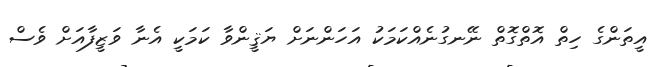
އީތަންގެ ހިތް އޮތްގޮތް ނޭނގުނެއްކަމަކު އަހަންނަށް ޔަޤީންވާ ކަމަކީ އެނާ ވަޒީފާއަށް ވެސް